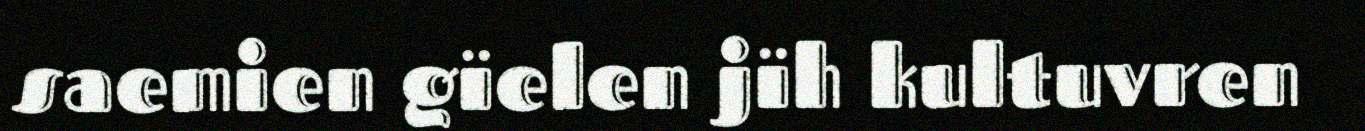
saemien gïelen jïh kultuvren